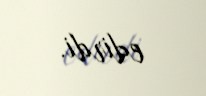
edirdi.